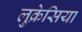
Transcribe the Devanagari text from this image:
लुक्रेसिया